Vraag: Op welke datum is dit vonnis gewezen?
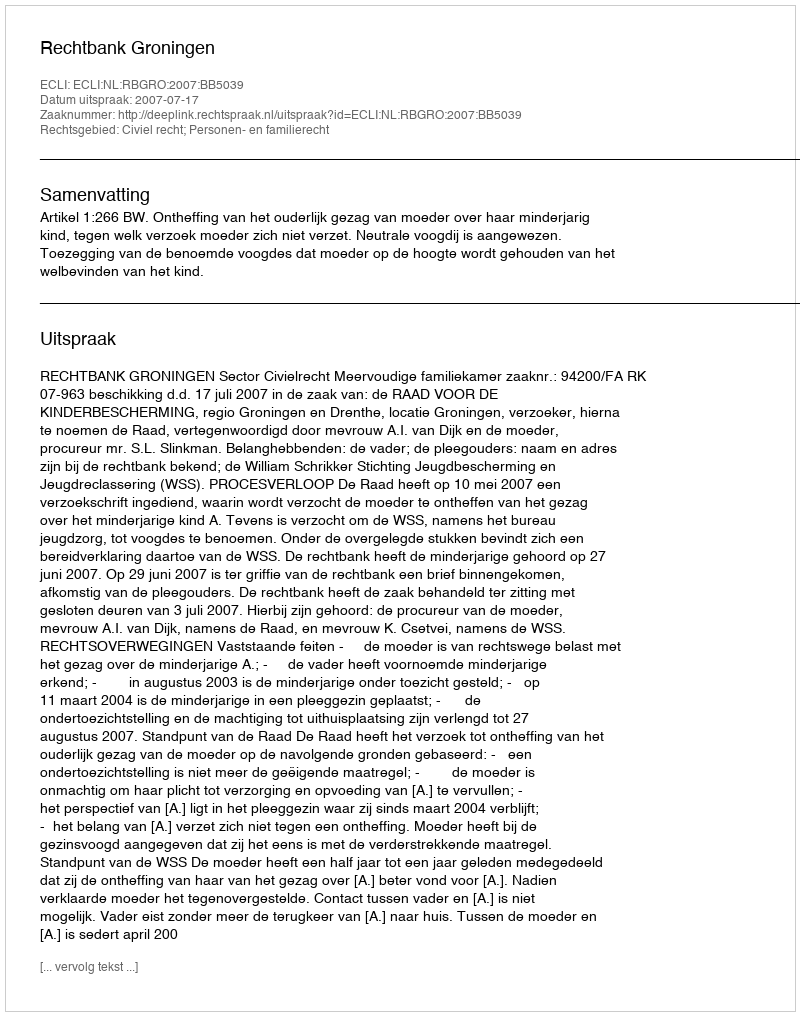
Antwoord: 2007-07-17